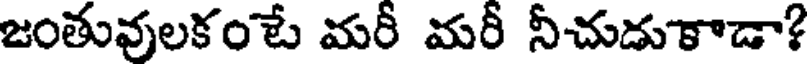
జంతువులకంటే మరీ మరీ నీచుడుకాడా?